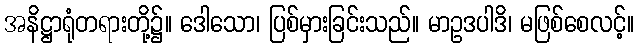
အနိဋ္ဌာရုံတရားတို့၌။ ဒေါသော၊ ပြစ်မှားခြင်းသည်။ မာဥဒပါဒိ၊ မဖြစ်စေလင့်။